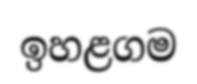
ඉහළගම